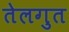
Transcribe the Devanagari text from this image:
तेलगुत